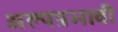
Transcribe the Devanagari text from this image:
अल्पप्रभावी